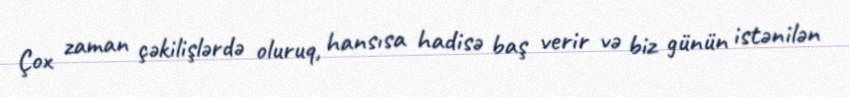
Çox zaman çəkilişlərdə oluruq, hansısa hadisə baş verir və biz günün istənilən